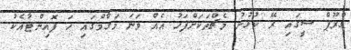
ގްރޫޕް ސީގައި ރޭ ކުޅުނު މެޗްތަކަށްފަހު އެއް ވަނަ މަގާމްގައި ހަ ޕޮއިންޓާއެކު